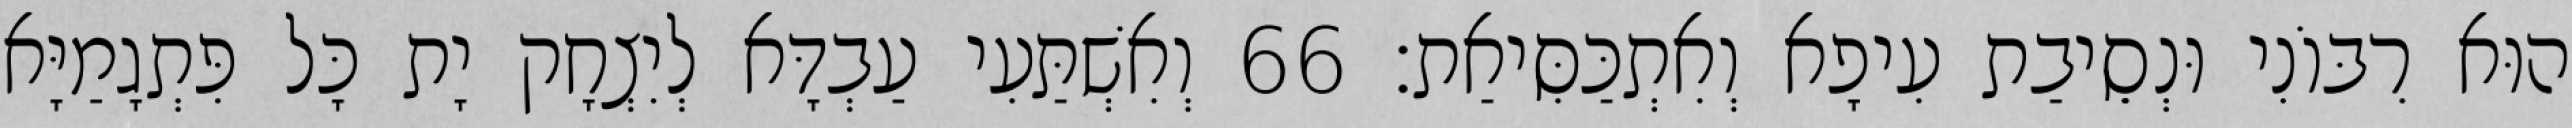
הוּא רִבּוֹנִי וּנְסֵיבַת עִיפָא וְאִתְכַּסִּיאַת׃ 66 וְאִשְׁתַּעִי עַבְדָּא לְיִצְחָק יָת כָּל פִּתְגָמַיָּא